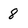
Character: 8